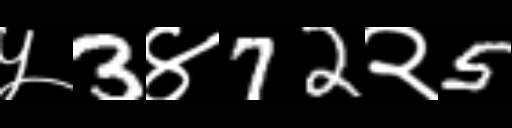
Text: ५3४72२5